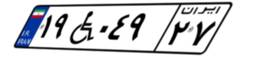
۱۹W۰۴۹۲۷